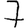
Digit: 7